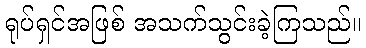
ရုပ်ရှင်အဖြစ် အသက်သွင်းခဲ့ကြသည်။